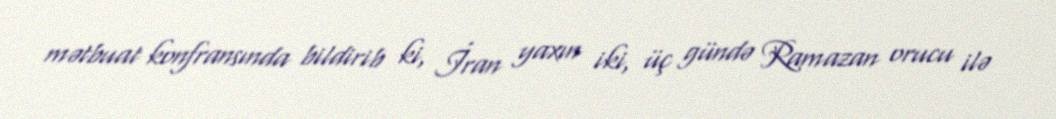
mətbuat konfransında bildirib ki, İran yaxın iki, üç gündə Ramazan orucu ilə